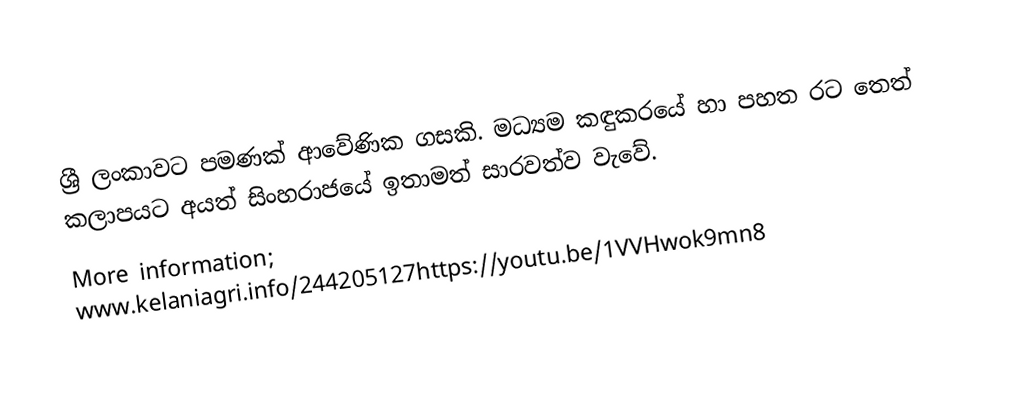
ශ්‍රී ලංකාවට පමණක් ආවේණික ගසකි. මධ්‍යම කඳුකරයේ හා පහත රට තෙත් කලාපයට අයත් සිංහරාජයේ ඉතාමත් සාරවත්ව වැවේ.
More information; www.kelaniagri.info/244205127https://youtu.be/1VVHwok9mn8